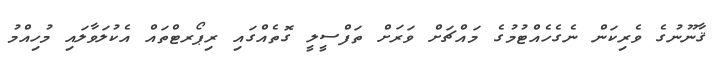
ޤާނޫނުގެ ވެރިކަން ނެގެހެއްޓުމުގެ މައްޗަށް ވަރަށް ތަފްސީލީ ގޮތެއްގައި ރިޕޯރޓްތައް އެކުލަވާލައި މުހިއްމު